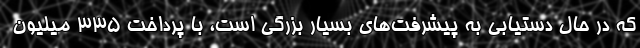
که در حال دستیابی به پیشرفت‌های بسیار بزرگی است، با پرداخت 335 میلیون